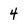
Character: 4